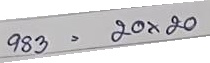
983 = 20 x 20